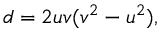
d = 2 u v ( v ^ { 2 } - u ^ { 2 } ) ,